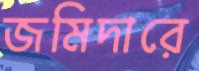
জমিদারে